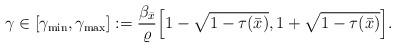
LaTeX: \begin{align*}\gamma \in [\gamma_{\mathrm{min}}, \gamma_{\mathrm{max}}]:= \frac{\beta_{\bar{x}}}{\varrho}\Big[ 1-\sqrt{1-\tau(\bar{x})},1+\sqrt{1-\tau(\bar{x})} \Big].\end{align*}